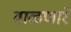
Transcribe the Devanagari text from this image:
वाळणारे